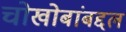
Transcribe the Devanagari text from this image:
चोखोबांबद्दल